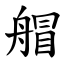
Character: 艒